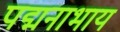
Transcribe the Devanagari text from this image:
पद्मनाभाय